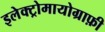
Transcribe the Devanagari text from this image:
इलेक्ट्रोमायोग्राफ़ी